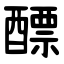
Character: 醥